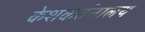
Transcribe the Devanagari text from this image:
केशकर्तनालय